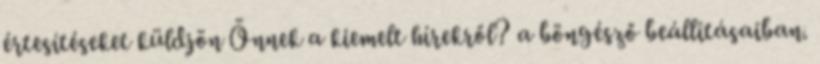
értesítéseket küldjön Önnek a kiemelt hírekről? a böngésző beállításaiban.